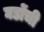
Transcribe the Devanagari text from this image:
घडोंची